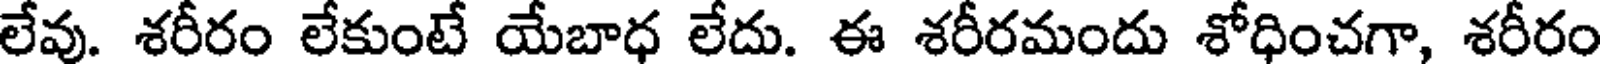
లేవు. శరీరం లేకుంటే యేబాధ లేదు. ఈ శరీరమందు శోధించగా, శరీరం